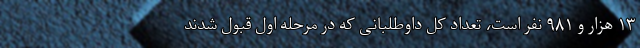
۱۳ هزار و ۹۸۱ نفر است، تعداد کل داوطلبانی که در مرحله اول قبول شدند